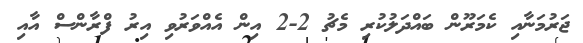
ޖަރުމަނާއި ކެމަރޫން ބައްދަލުކުރި މެޗު 2-2 އިން އެއްވަރުވި އިރު ފްރާންސް އާއި